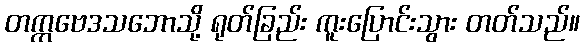
တက္ကဗေဒသဘောသို့ ရုတ်ခြည်း ကူးပြောင်းသွား တတ်သည်။